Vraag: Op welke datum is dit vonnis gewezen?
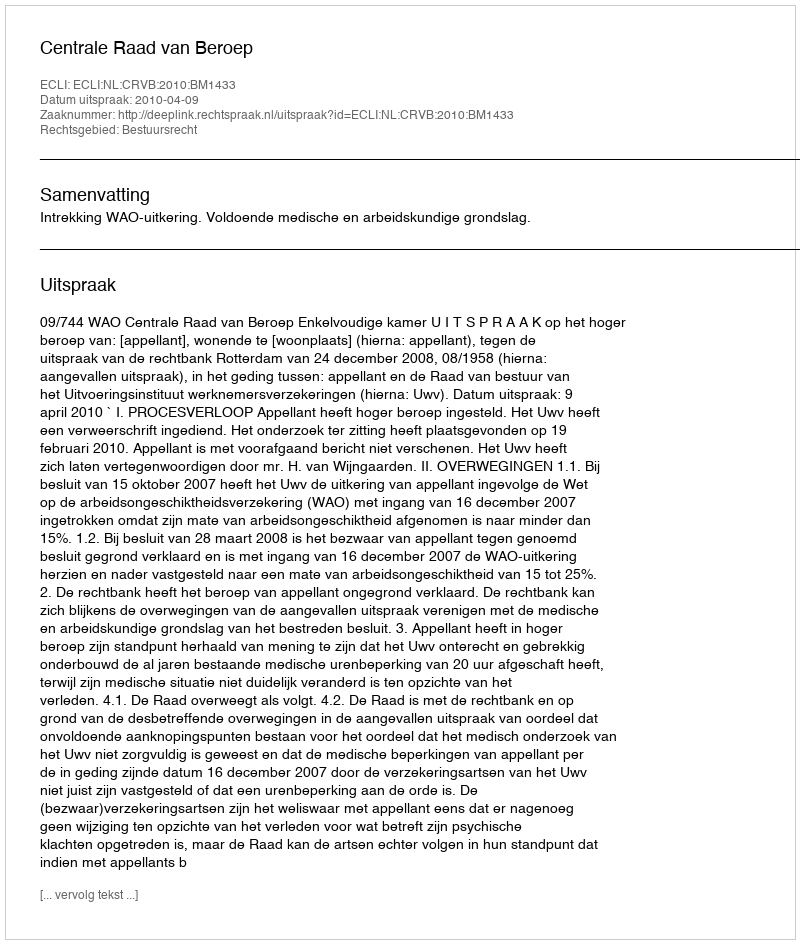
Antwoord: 2010-04-09